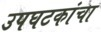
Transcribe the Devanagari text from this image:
उपघटकांचा